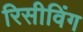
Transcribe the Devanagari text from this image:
रिसीविंग